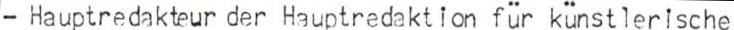
- Hauptredakteur der Hauptredaktion für künstlerische